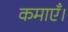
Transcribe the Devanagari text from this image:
कमाएँ।